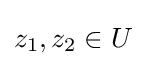
z_{1},z_{2}\in U